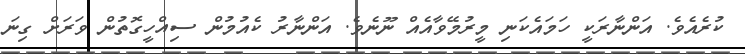
ކުރެއެވެ. އަންނާރަކީ ހަމައެކަނި މީރުމޭވާއެއް ނޫނެވެ. އަންނާރު ކެއުމުން ސިއްހީގޮތުން ވަރަށް ގިނަ